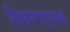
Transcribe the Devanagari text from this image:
विकल्पात्मक